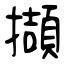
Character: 擷